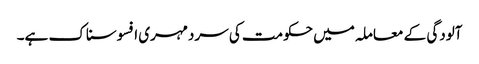
آلودگی کے معاملہ میں حکومت کی سردمہری افسوسناک ہے۔